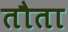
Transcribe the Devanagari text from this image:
तौता